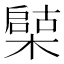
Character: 𣚩